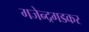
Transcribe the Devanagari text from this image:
गजेन्द्रगडकर